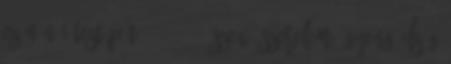
ez a női testépítő - 10 10 Szex, szerelem, gyengédség